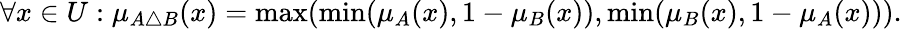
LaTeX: \forall x\in{U}:\mu_{A\triangle{B}}(x)=\operatorname*{max}(\operatorname*{min}(\mu_{A}(x),1-\mu_{B}(x)),\operatorname*{min}(\mu_{B}(x),1-\mu_{A}(x))).